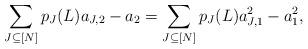
LaTeX: \begin{align*} \sum_{J\subseteq [N]}p_J(L)a_{J,2}-a_2=\sum_{J\subseteq [N]}p_J(L)a_{J,1}^2-a_1^2,\end{align*}